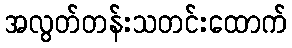
အလွတ်တန်းသတင်းထောက်